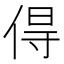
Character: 𠊚